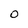
Character: O